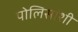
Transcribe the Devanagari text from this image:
पोलिसांशी